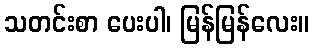
သတင်းစာ ပေးပါ၊ မြန်မြန်လေး။